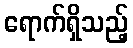
ရောက်ရှိသည့်